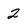
Character: 2